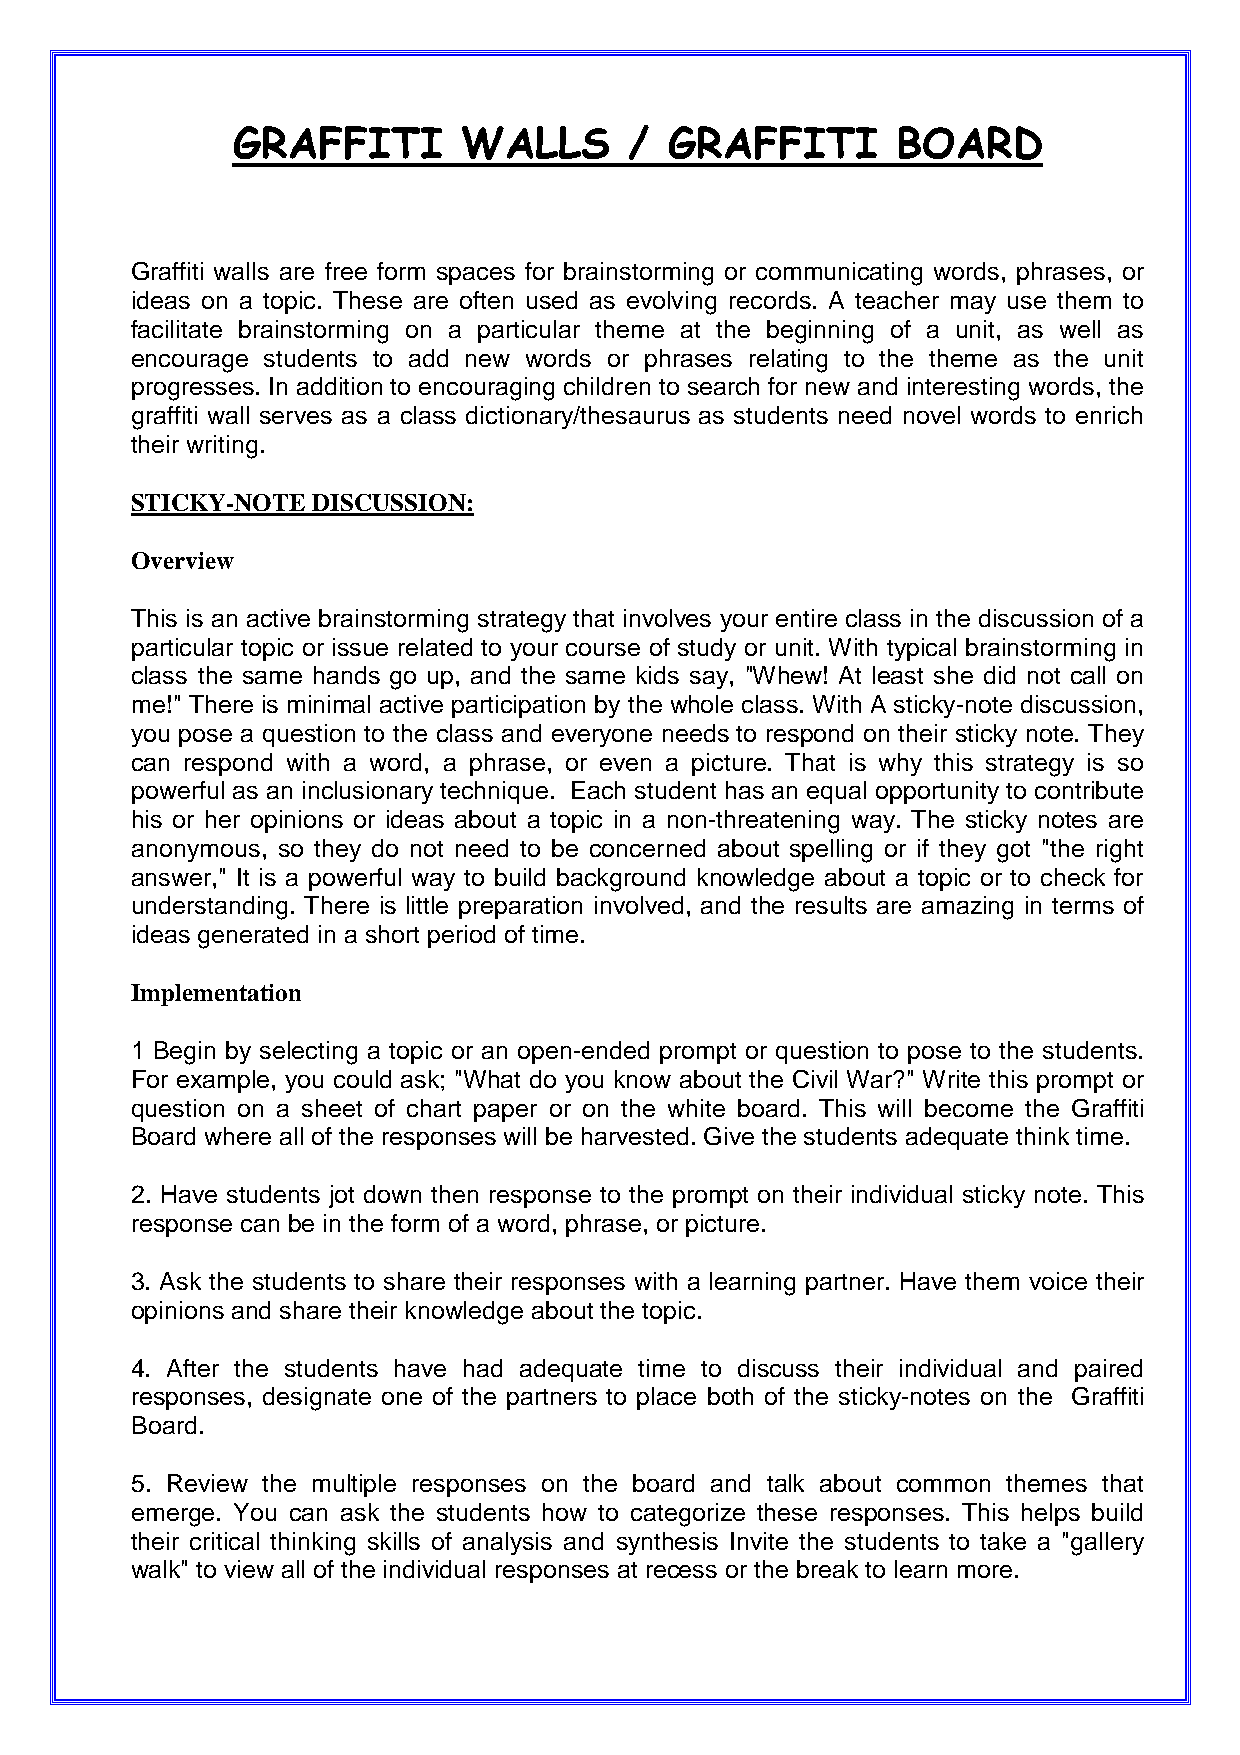
GRAFFITI        WALLS      / GRAFFITI       BOARD
 Graffiti walls are free form spaces for brainstorming or communicating words, phrases, or
 ideas on a topic. These are often used as evolving records. A teacher may use them to
 facilitate brainstorming on a particular theme at the beginning of a unit, as well as
 encourage students to add new words or phrases relating to the theme as the unit
 progresses. In addition to encouraging children to search for new and interesting words, the
 graffiti wall serves as a class dictionary/thesaurus as students need novel words to enrich
 their writing.
 STICKY-NOTE DISCUSSION:
 Overview
 This is an active brainstorming strategy that involves your entire class in the discussion of a
 particular topic or issue related to your course of study or unit. With typical brainstorming in
 class the same hands go up, and the same kids say, "Whew! At least she did not call on
 me!" There is minimal active participation by the whole class. With A sticky-note discussion,
 you pose a question to the class and everyone needs to respond on their sticky note. They
 can respond with a word, a phrase, or even a picture. That is why this strategy is so
 powerful as an inclusionary technique. Each student has an equal opportunity to contribute
 his or her opinions or ideas about a topic in a non-threatening way. The sticky notes are
 anonymous, so they do not need to be concerned about spelling or if they got "the right
 answer," It is a powerful way to build background knowledge about a topic or to check for
 understanding. There is little preparation involved, and the results are amazing in terms of
 ideas generated in a short period of time.
 Implementation
 1 Begin by selecting a topic or an open-ended prompt or question to pose to the students.
 For example, you could ask; "What do you know about the Civil War?" Write this prompt or
 question on a sheet of chart paper or on the white board. This will become the Graffiti
 Board where all of the responses will be harvested. Give the students adequate think time.
 2. Have students jot down then response to the prompt on their individual sticky note. This
 response can be in the form of a word, phrase, or picture.
 3. Ask the students to share their responses with a learning partner. Have them voice their
 opinions and share their knowledge about the topic.
 4. After the students have had adequate time to discuss their individual and paired
 responses, designate one of the partners to place both of the sticky-notes on the Graffiti
 Board.
 5. Review the multiple responses on the board and talk about common themes that
 emerge. You can ask the students how to categorize these responses. This helps build
 their critical thinking skills of analysis and synthesis Invite the students to take a "gallery
 walk" to view all of the individual responses at recess or the break to learn more.